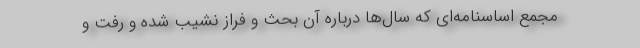
مجمع اساسنامه‌ای که سال‌ها درباره آن بحث و فراز نشیب شده و رفت و